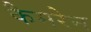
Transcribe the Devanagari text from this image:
कैमरेन